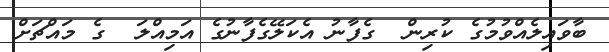
ބާވައިލެއްވުމުގެ ކުރިން  ގެފާނު އެކަލޭގެފާނުގެ އަމިއްލަ  ގެ މައްޗަށް